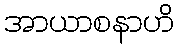
အာယာစနာဟိ